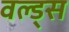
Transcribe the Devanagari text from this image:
वल्ड्स